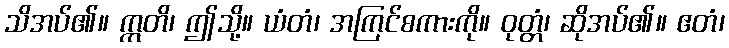
သိအပ်၏။ ဣတိ၊ ဤသို့။ ယံတံ၊ အကြင်စကားကို။ ဝုတ္တံ၊ ဆိုအပ်၏။ ဧတံ၊